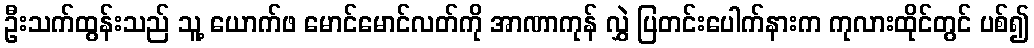
ဦးသက်ထွန်းသည် သူ့ ယောက်ဖ မောင်မောင်လတ်ကို အာဏာကုန် လွှဲ ပြတင်းပေါက်နားက ကုလားထိုင်တွင် ပစ်၍